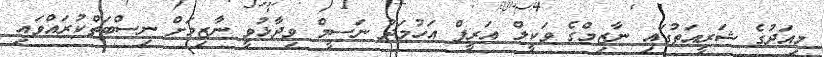
މިއަދުގެ ޝަރީއަތުގައި ނާޒިމްގެ ވަކީލް އަރީފް އަހުމަދު ނަސީމް ވިދާޅުވީ ނާޒިމަށް ނިސްބަތްކުރައްވައި